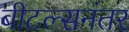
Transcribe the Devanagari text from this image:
बीटल्सनंतर